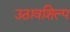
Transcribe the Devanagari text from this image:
उठावशिल्प